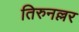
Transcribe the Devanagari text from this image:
तिरुनल्लर